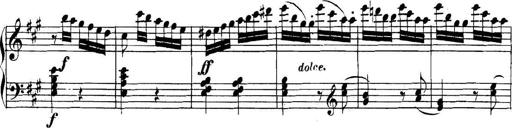
Title: Collected Piano Sonatas
Composer: Muzio Clementi